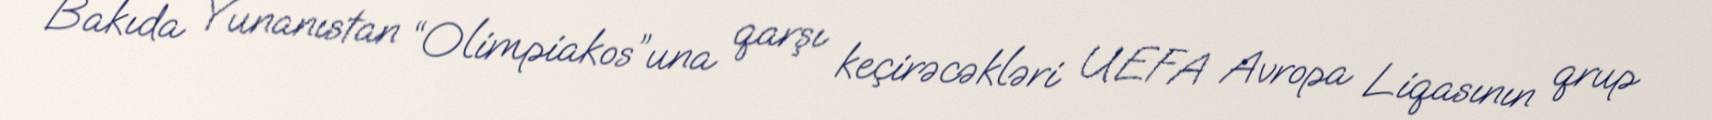
Bakıda Yunanıstan “Olimpiakos”una qarşı keçirəcəkləri UEFA Avropa Liqasının qrup